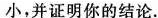
大小，并证明你的结论.